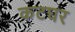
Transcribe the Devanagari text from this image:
कटघर